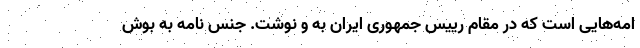
امه‌هایی است که در مقام رییس جمهوری ایران به و نوشت. جنس نامه به بوش